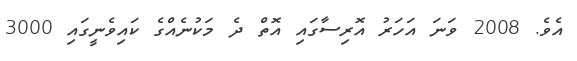
އެވެ. 2008 ވަނަ އަހަރު އޮރިސާގައި އޮތް ދެ މަކުނެއްގެ ކައިވެނީގައި 3000